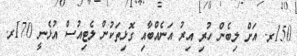
150ރ. އަށް ލިބެން ހުރި އިރު އަނެއްބާއި ގޮޅިތަކުން ލެޓިއުސް އުޅެނީ 170ރ.